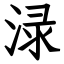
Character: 渌